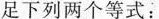
足下列两个等式：